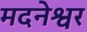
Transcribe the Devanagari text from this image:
मदनेश्वर